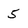
Character: 5